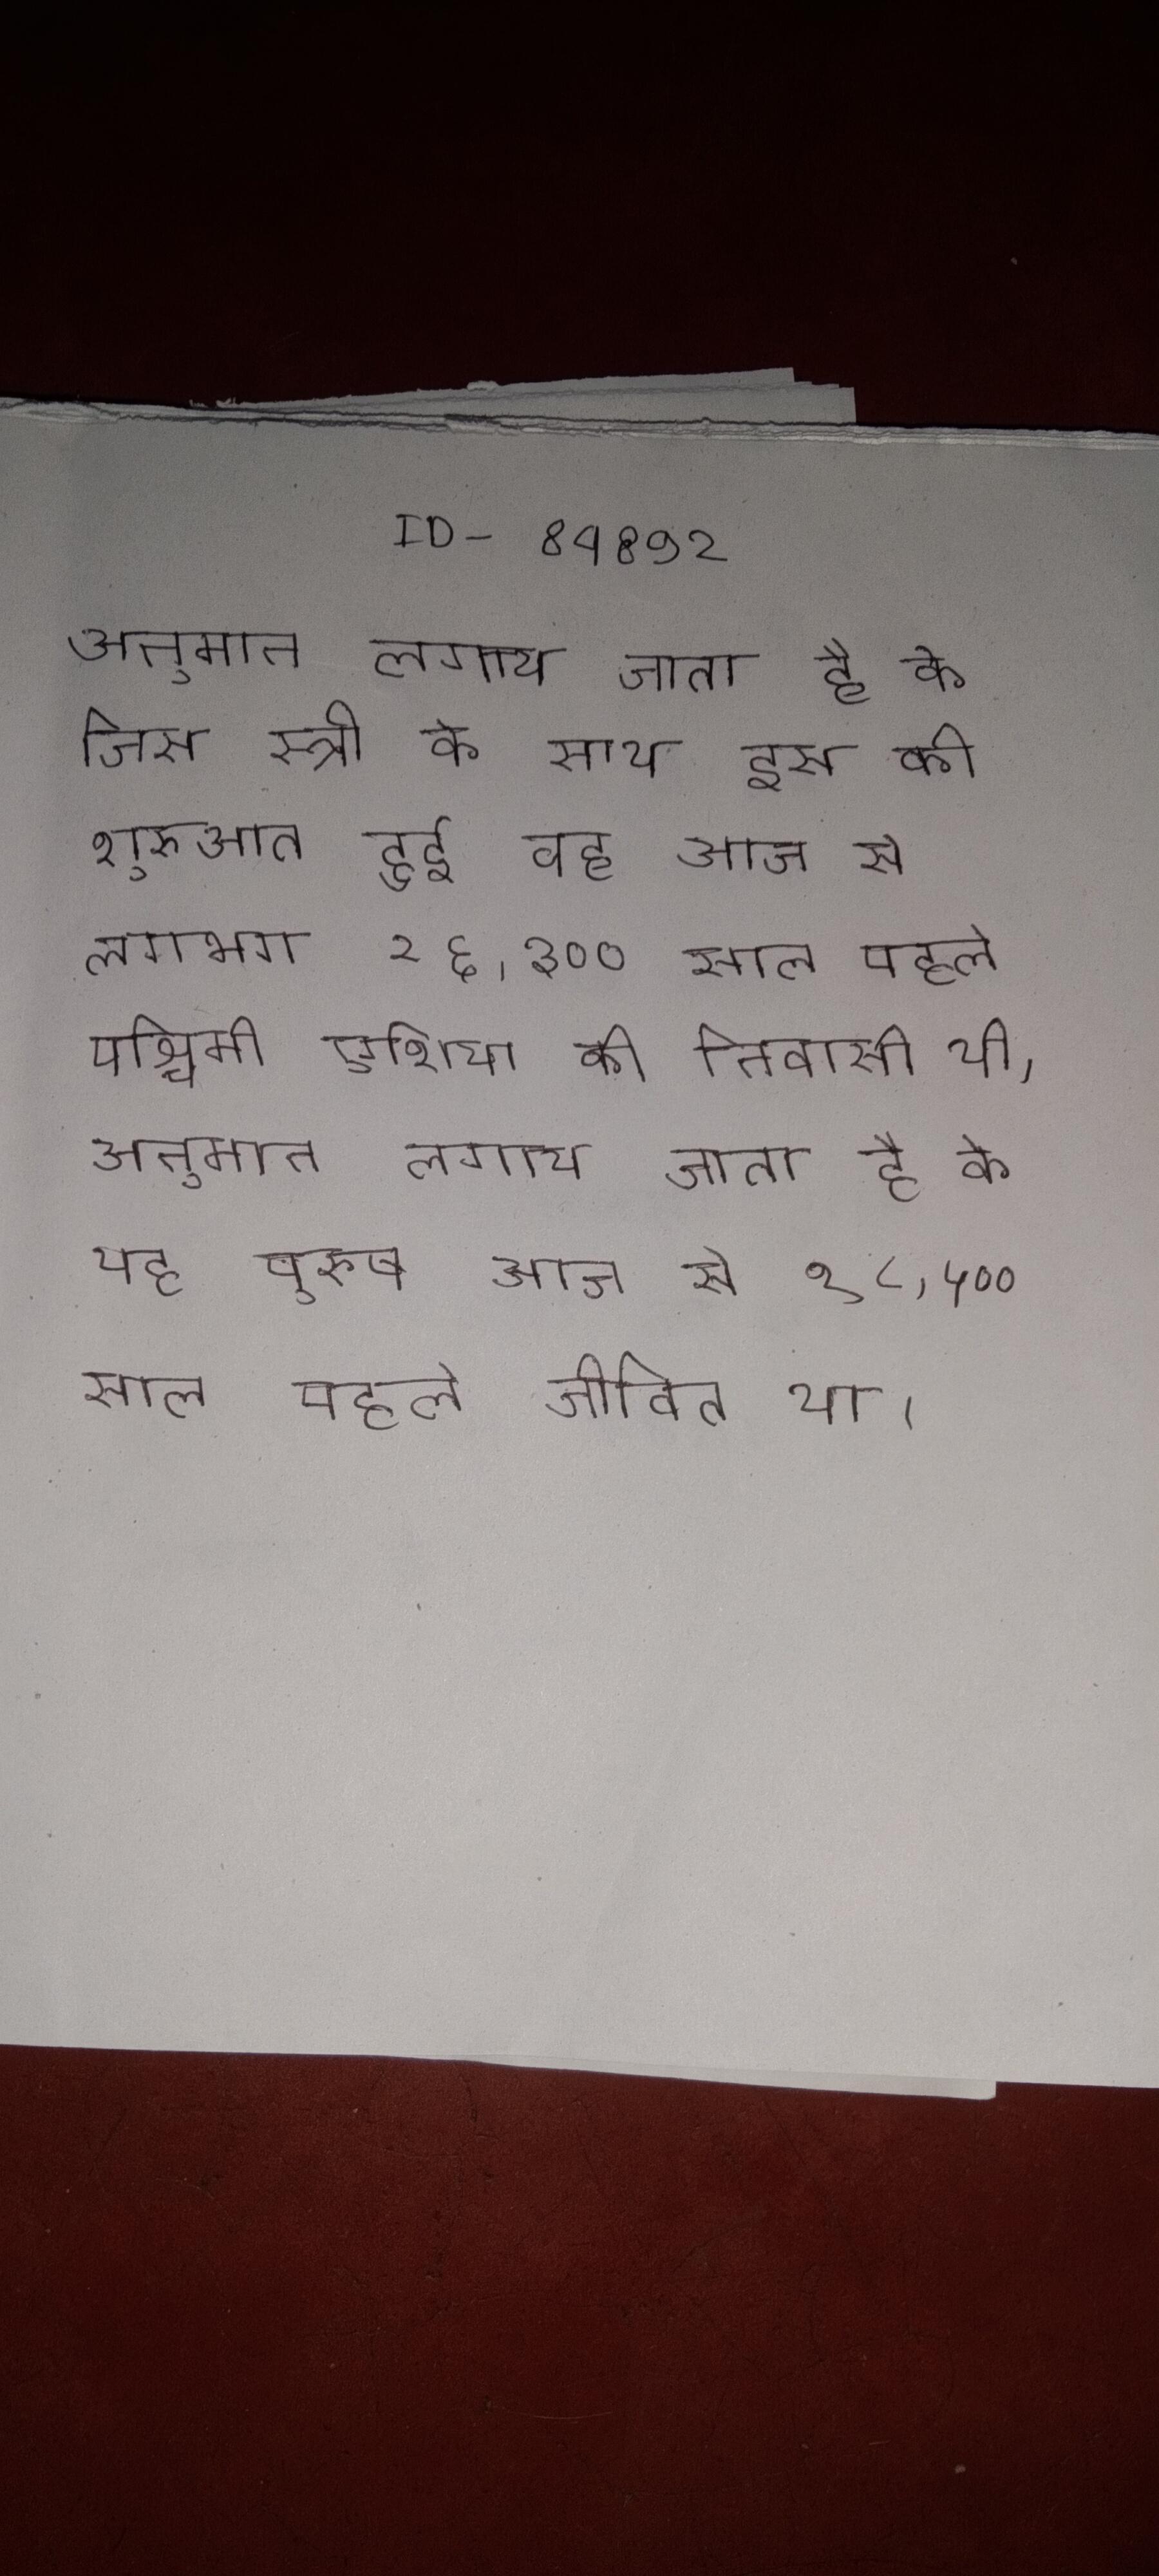
अनुमान लगाया जाता है के जिस स्त्री के साथ इस की शुरुआत हुई वह आज से लगभग २६,३०० साल पहले पश्चिमी एशिया की निवासी थी । अनुमान लगाया जाता है के यह पुरुष आज से १८,५०० साल पहले जीवित था ।